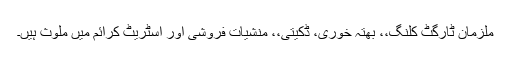
ملزمان ٹارگٹ کلنگ،، بھتہ خوری، ڈکیتی،، منشیات فروشی اور اسٹریٹ کرائم میں ملوث ہیں۔